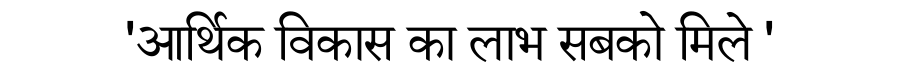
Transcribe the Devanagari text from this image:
'आर्थिक विकास का लाभ सबको मिले '